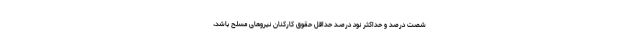
شصت درصد و حداکثر نود درصـد حداقل حقوق کارکنان نیروهای مسلح باشد،